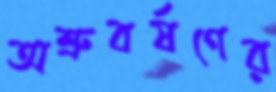
অশ্রুবর্ষণের